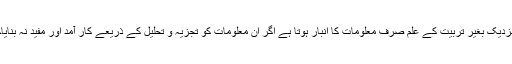
اسی طرح شہید مطہری کے نزدیک بغیر تربیّت کے علم صرف معلومات کا انبار ہوتا ہے اگر ان معلومات کو تجزیہ و تحلیل کے ذریعے کار آمد اور مفید نہ بنایاجائے تو یہ کسی کام کی نہیں۔